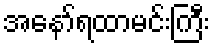
အနော်ရထာမင်းကြီး